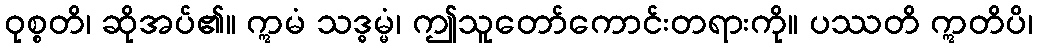
ဝုစ္စတိ၊ ဆိုအပ်၏။ ဣမံ သဒ္ဓမ္မံ၊ ဤသူတော်ကောင်းတရားကို။ ပဿတိ ဣတိပိ၊